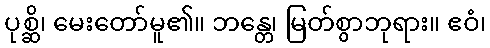
ပုစ္ဆိ၊ မေးတော်မူ၏။ ဘန္တေ၊ မြတ်စွာဘုရား။ ဧဝံ၊